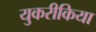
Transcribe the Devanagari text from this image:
युकरीकिया